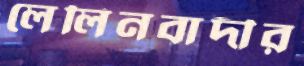
লেলিনবাদীর